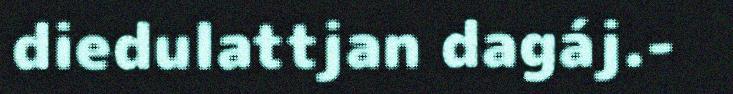
diedulattjan dagáj.-